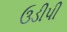
ઉડીપી